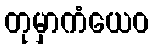
တုမှာကံယေဝ